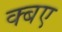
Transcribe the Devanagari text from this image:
क्बए